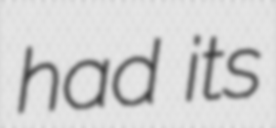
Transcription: had its